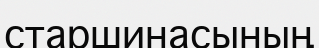
старшинасының